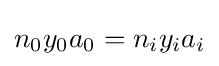
n_{0}y_{0}a_{0}=n_{i}y_{i}a_{i}